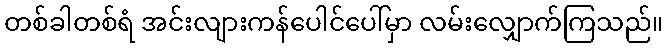
တစ်ခါတစ်ရံ အင်းလျားကန်ပေါင်ပေါ်မှာ လမ်းလျှောက်ကြသည်။